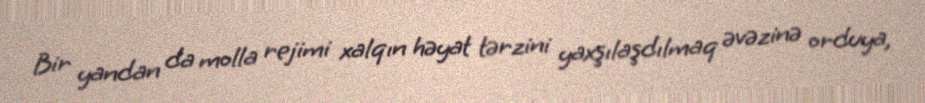
Bir yandan da molla rejimi xalqın həyat tərzini yaxşılaşdılmaq əvəzinə orduya,